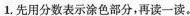
1.先用分数表示涂色部分，再读一读。